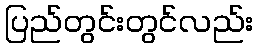
ပြည်တွင်းတွင်လည်း